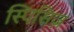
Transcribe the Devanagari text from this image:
स्पिसिज़